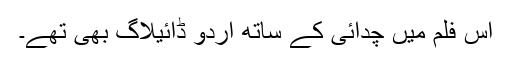
اس فلم میں چدائی کے ساتھ اردو ڈائیلاگ بھی تھے۔